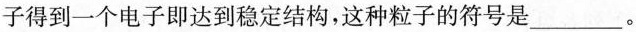
子得到一个电子即达到稳定结构，这种粒子的符号是___。